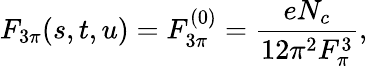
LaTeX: F_{3\pi}(s,t,u)=F_{3\pi}^{(0)}=\frac{eN_{c}}{12\pi^{2}F_{\pi}^{3}},